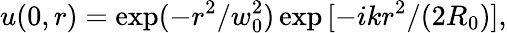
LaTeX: u(0,r)=\exp(-r^{2}/w_{0}^{2})\exp{[-ikr^{2}/(2R_{0})]},